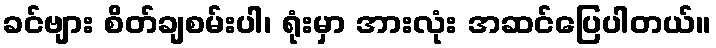
ခင်ဗျား စိတ်ချစမ်းပါ၊ ရုံးမှာ အားလုံး အဆင်ပြေပါတယ်။